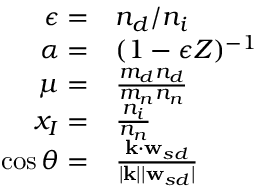
\begin{array} { r l } { \epsilon = } & { { n _ { d } } / { n _ { i } } } \\ { \alpha = } & { ( 1 - \epsilon Z ) ^ { - 1 } } \\ { \mu = } & { \frac { m _ { d } { n _ { d } } } { m _ { n } { n _ { n } } } } \\ { x _ { I } = } & { \frac { { n _ { i } } } { { n _ { n } } } } \\ { \cos \theta = } & { \frac { \mathbf { k } \cdot \mathbf { w } _ { s d } } { | \mathbf { k } | | \mathbf { w } _ { s d } | } } \end{array}